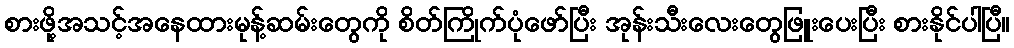
စားဖို့အသင့်အနေထားမုန့်ဆမ်းတွေကို စိတ်ကြိုက်ပုံဖော်ပြီး အုန်းသီးလေးတွေဖြူးပေးပြီး စားနိုင်ပါပြီ။